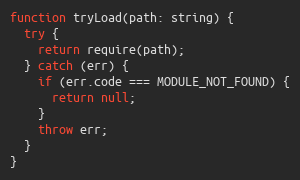
Language: JavaScript
function tryLoad(path: string) {
  try {
    return require(path);
  } catch (err) {
    if (err.code === MODULE_NOT_FOUND) {
      return null;
    }
    throw err;
  }
}